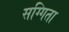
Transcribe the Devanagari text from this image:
सग्गिता